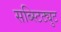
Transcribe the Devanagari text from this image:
सब्स्टिट्युट